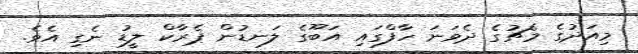
މިއަދުގެ މެޗުގެ ދެވަނަ ހާފްގައި އަބޫގެ ލަނޑުން ޕެރާކް ލީޑު ނެގި އެވެ.